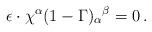
LaTeX: \begin{align*}\epsilon \cdot \chi^\alpha (1-\Gamma)_\alpha{}^\beta = 0\, .\end{align*}